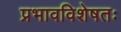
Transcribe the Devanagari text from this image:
प्रभावविशेषतः